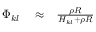
\begin{array} { r l r } { \Phi _ { k l } } & { { } \approx } & { \frac { \rho R } { H _ { k l } + \rho R } } \end{array}